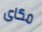
مكاى